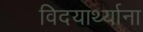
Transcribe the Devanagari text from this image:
विदयार्थ्याना